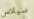
سيلاس